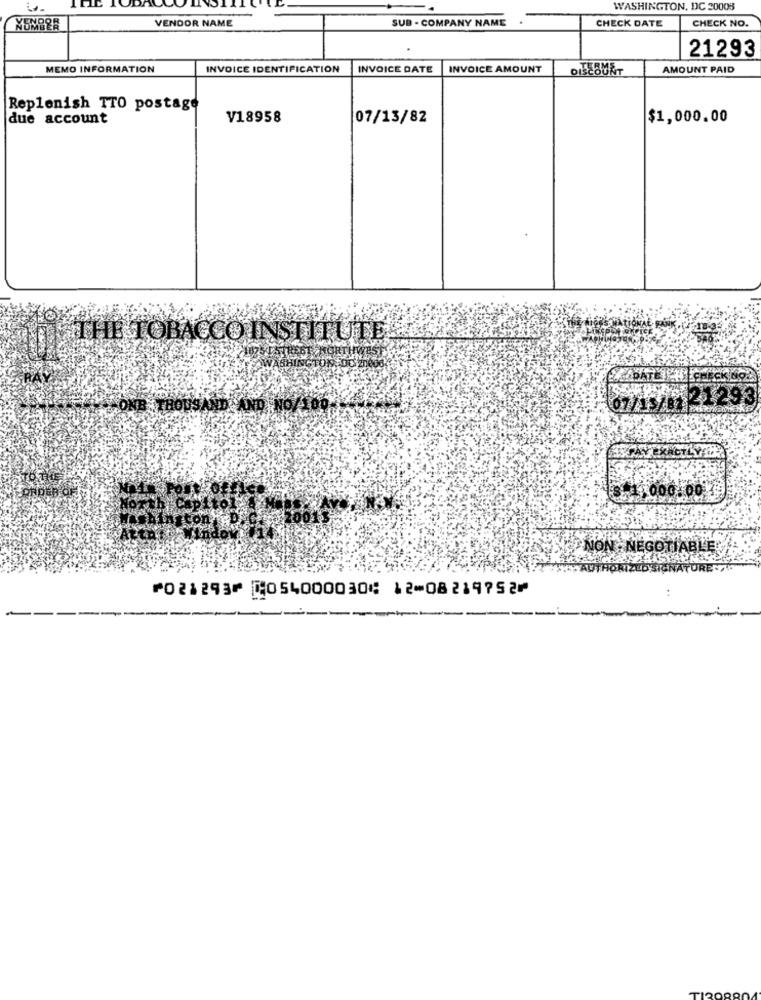
WASHINGTON, DC 20008
SUB - COMPANY NAME
CHECK NO.
VENDOR NAME
CHECK DATE
21293
MEMO INFORMATION
INVOICE IDENTIFICATION
INVOICE DATE
INVOICE AMOUNT
AMOUNT PAID
Replenish TTO postage
due account
V18958
07/13/82
$1,000.00
THE TOBACCO INSTITUTE!
DATE
07/13/11 21 29
THOUSAND AND
3.11000.00
NON : NEGOTIABLE
HORIZED SIGNATUR
⑈021293⑈ ⑆054000030⑆ 12⑉08219752⑈